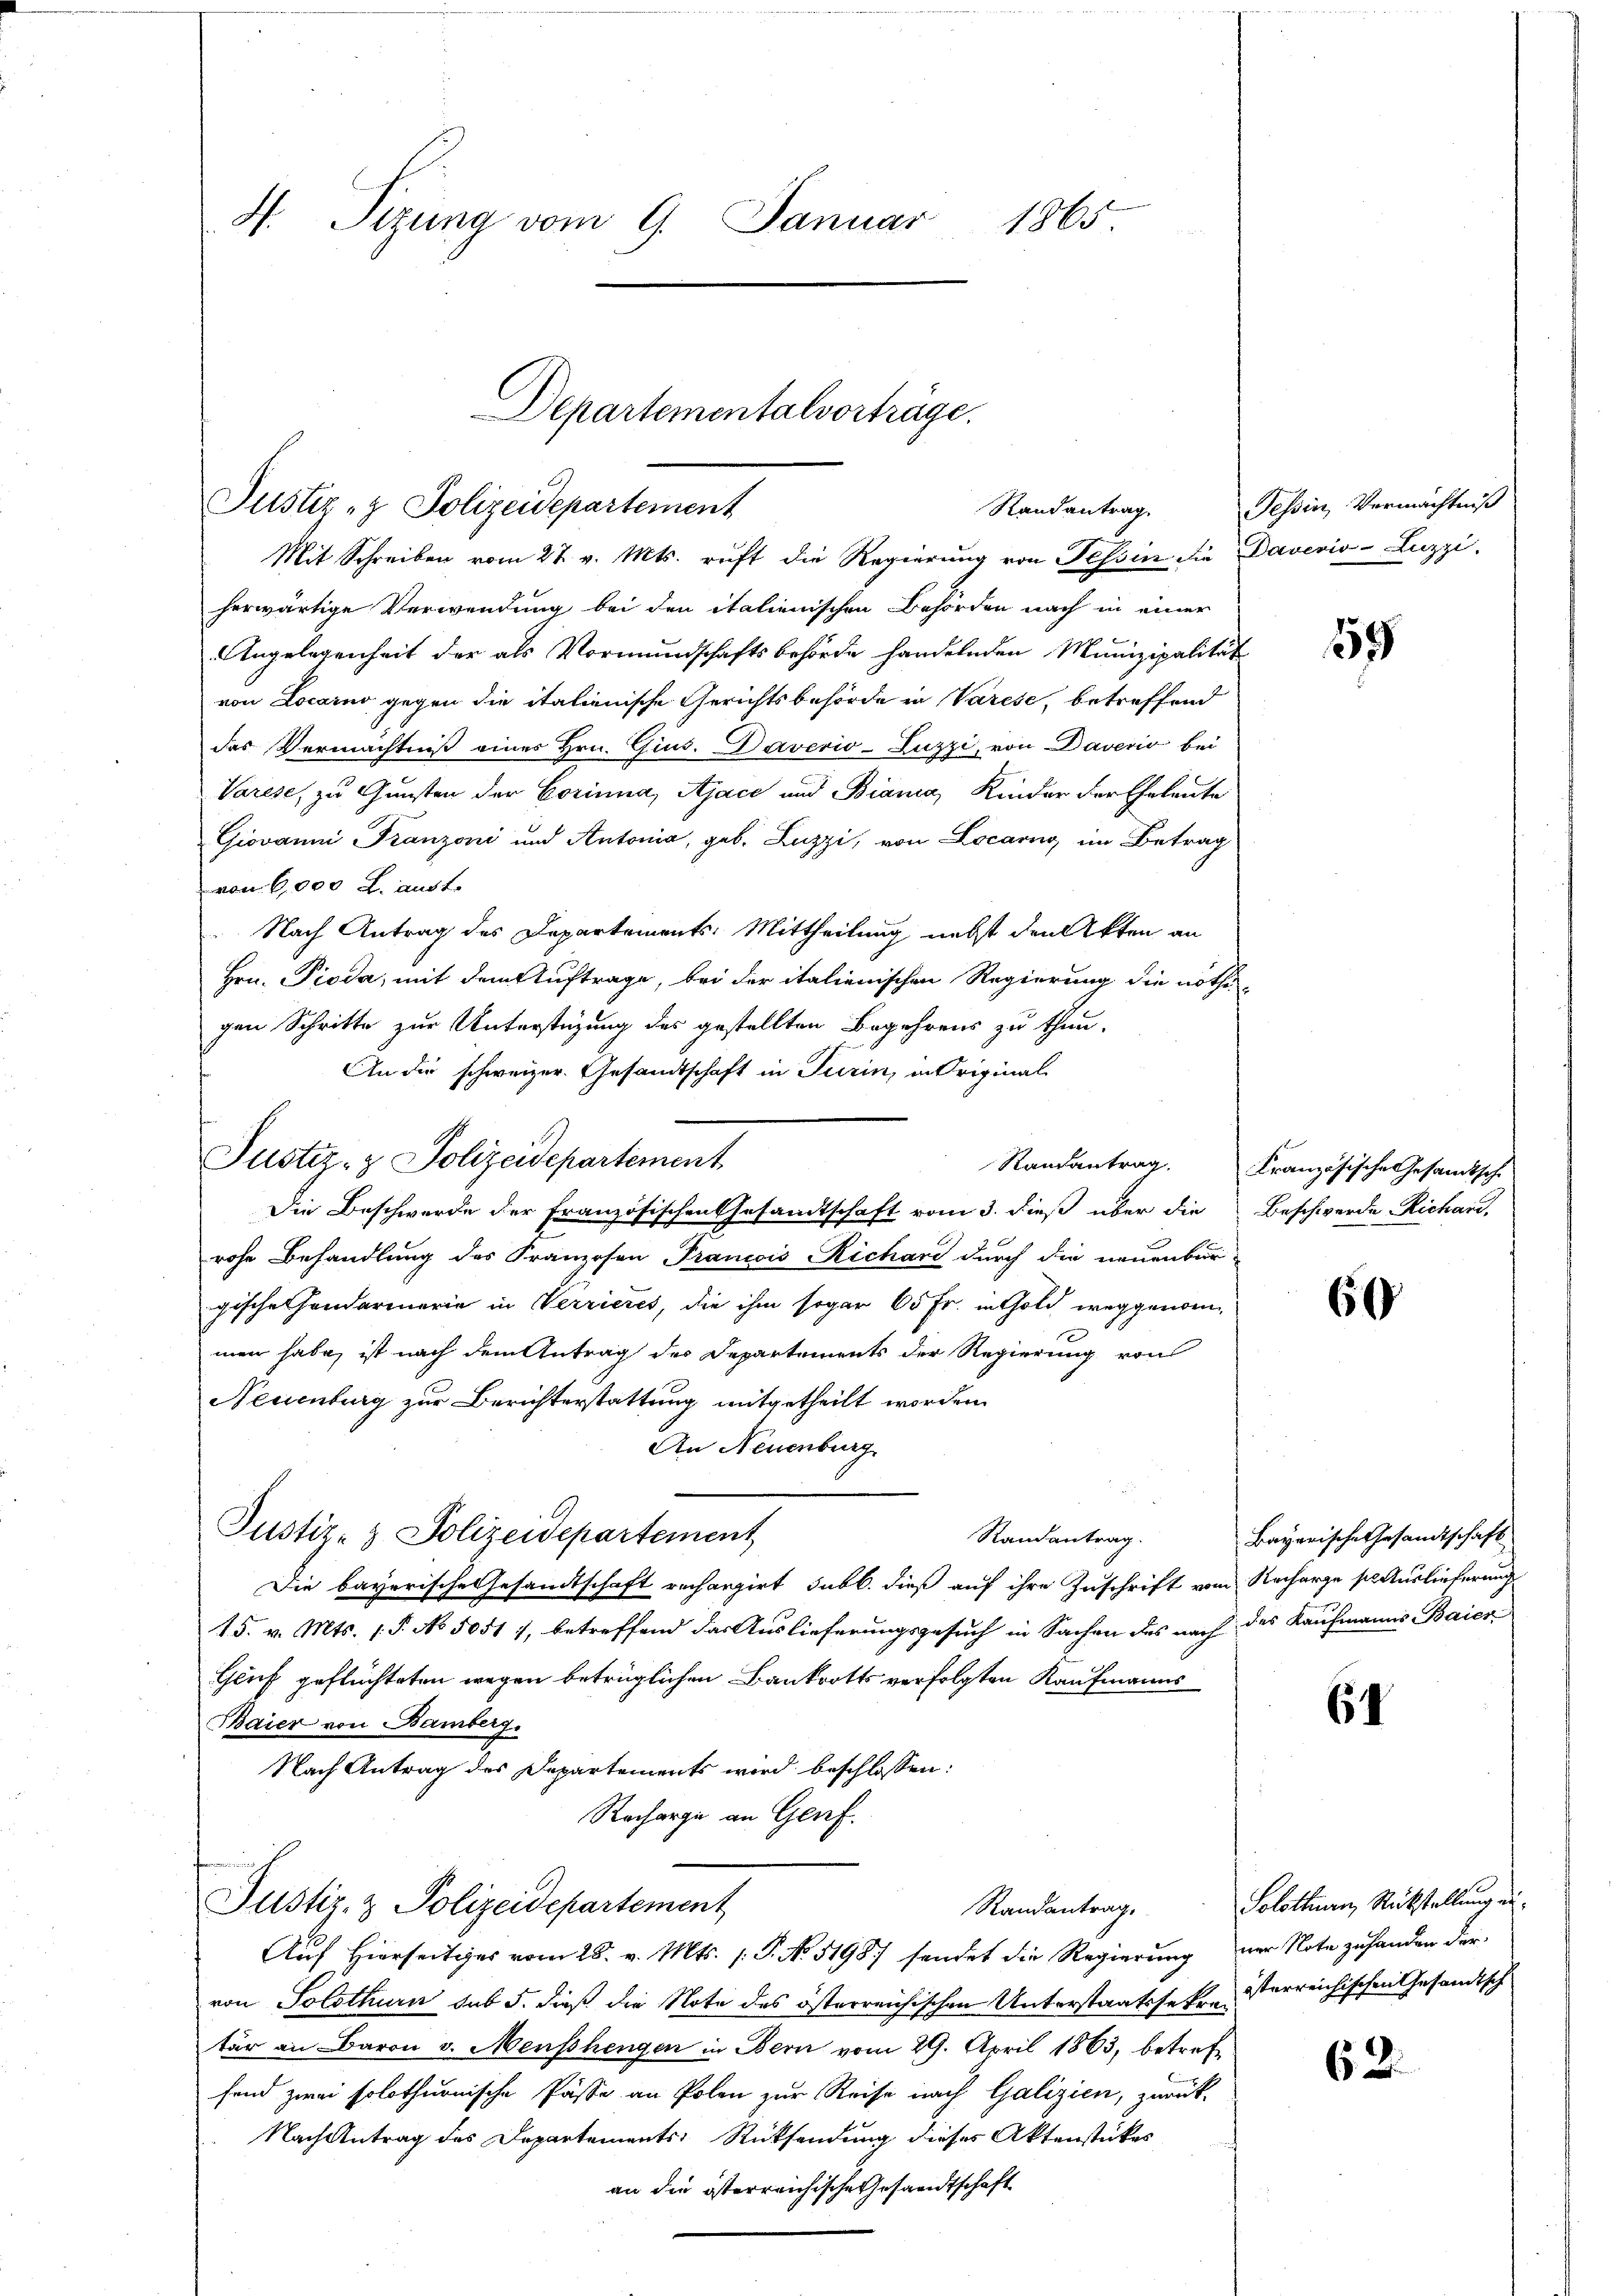
4. Tizung vom 9. Januar
1865

Justiz- & Polizeidepartement

Mit Schreiben vom 27. v. Mts. ruft die Regierŭng von Tessin die Daverio-Luzzi,
herwärtige Verwendung bei den italienischen Behörden nach in einer
Angelegenheit der als Vormundschaftsbehörde handelnden Munizipalität
von Locarno gegen die italienische Gerichtsbehörde in Varese, betreffend
das Vermächtniß eines Hrn. Gius. Daverio-Luzzi, von Daverio bei
Varese, zu Gunsten der Corinna, Ajace und Biana, Kinder der Eheleute
Giovanni Franzoni und Antonia, geb. Luzzi, von Locarno im Betrag
von 6,000 l. aust.
Nach Antrag des Departements: Mittheilung nebst den Akten an
Hrn. Pioda, mit dem Auftrage, bei der italienischen Regierung die nöthi
gen Schritte zur Unterstüzung des gestellten Begehrens zu thun.
An die schweizer. Gesandtschaft in Turin, in Original-
Die Beschwerde der Französischen Gesandtschaft vom 3. dieß über die Beschwerde Richard,
rohe Behandlung des Franzosen Francis Richard durch die neuenbur-
gische Handarmerie in Verrieres, die ihm sogar 60 Fr. in thold weggenommen habe, ist nach dem Antrag des Departements der Regierung von
Neuenburg zur Berichterstattung mitgetheilt worden.
An Neuenburg.
Justiz- & Polizeidepartement
Randantrag.
Die bayerische Gesandtschaft rechargirt subl. dieß auf ihre Zuschrift vom Recharge sie Auslieferung
15. v. Mts. 1. P. No 50517, betreffend das Auslieferungsgesuch in Sachen des nach des Kaufmanns Baier
Geuf geflüchteten wegen betrüglichen Bankrotts verfolgten Kaufmanns
Baier von Bamberg.
Nach Antrag des Departements wird beschlossen:
Recharge an Genf.
Justiz- & Polizeidepartement
Randantrag.
Auf Hierseitiges vom 28. v. Mts. 1. P. No. 51987 sendet die Regierung nur Note zu handen der
von Solothurn sub 5. dieß die Note des österreichischen Unterstaatssetzen isterreichischen Gesandtsch
tär an Baron v. Menschengen in Bern vom 29. April 1863, betreffend zwei solothurnische Pässe an Polen zur Reise nach Galizien, zurück-
Nach Antrag des Departements Rücksendung dieses Aktenstückes
an die österreichische Gesandtschaft

Justiz- & Polizeidepartement

Departementalvorträge.

Randantrag. Tessin, Vermächtniß

59

Randantrag. Französische Gesandtsche

6

Bayerische Gesamtschaft

64

Solothurn, Rückstellung ei¬

62.